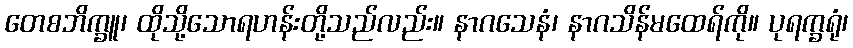
တေစဘိက္ခူ၊ ထိုသို့သောရဟန်းတို့သည်လည်း။ နာဂသေနံ၊ နာဂသိန်မထေရ်ကို။ ပုရက္ခရုံ၊